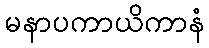
မနာပကာယိကာနံ